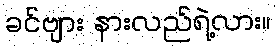
ခင်ဗျား နားလည်ရဲ့လား။